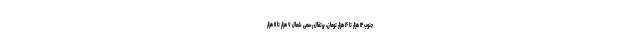
جنوب ۱۲ هزار تا ۱۶ هزار تومان، پرتقال رسمی شمال ۷ هزار تا ۱۱ هزار